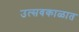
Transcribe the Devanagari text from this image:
उत्सवकाळात